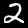
Digit: 2